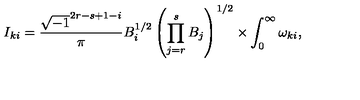
I _ { k i } = \frac { \sqrt { - 1 } ^ { 2 r - s + 1 - i } } { \pi } B _ { i } ^ { 1 / 2 } \left( \prod _ { j = r } ^ { s } B _ { j } \right) ^ { 1 / 2 } \times \int _ { 0 } ^ { \infty } \omega _ { k i } ,